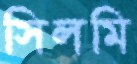
সিলমি